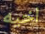
اخيه